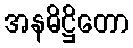
အနဓိဋ္ဌိတော